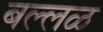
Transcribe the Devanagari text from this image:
बल्लळ